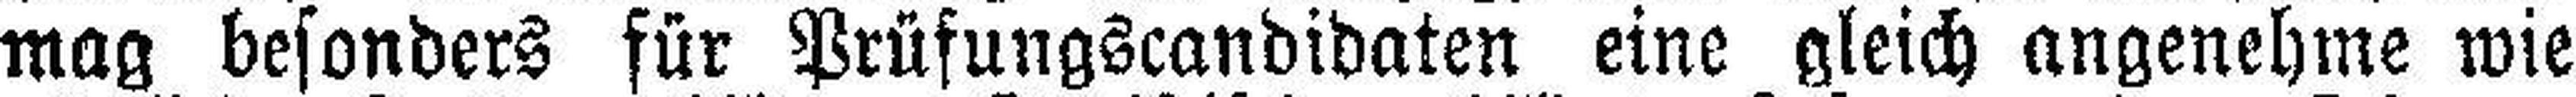
mag besonders für Prüfungscandidaten eine gleich angenehme wie